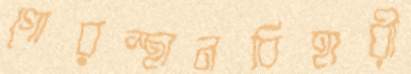
গোরস্থানবিহারী